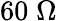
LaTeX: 60\; \Omega